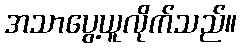
အသာပွေ့ယူလိုက်သည်။